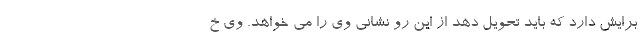
برایش دارد که باید تحویل دهد از این رو نشانی وی را می خواهد. وی خ